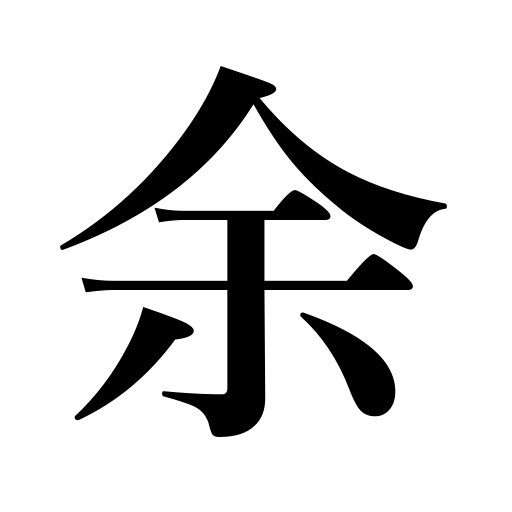
Meanings: remain,be too many,I,leave,over,remainder,other,the writer,be in excess,spare,save,surplus,myself,more than